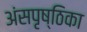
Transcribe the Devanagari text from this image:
अंसपृष्ठिका